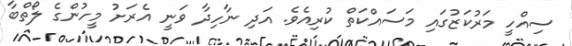
ސިއްހީ މަރުކަޒުގައި މަސައްކަތް ކުރިއެވެ. އަދި ނާހިދާ ވަނީ އެރަށު މީހުންގެ ލޯތްބާ